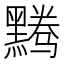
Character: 𬹘